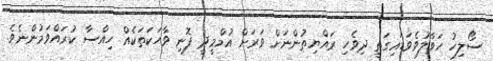
ސޯލިހު ހަވާލުވެވަޑައިގަތީ ދިވެހި ރައްޔިތުންނަށް ވަރަށް އުމްމީދީ ފޮނި ވާހަކަތަކެއް ހިއްސާ ކުރައްވަމުންނެވެ.